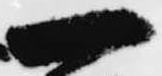
一